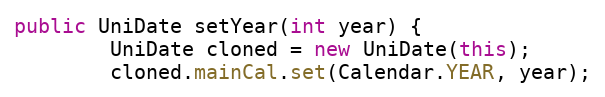
Language: Java
public UniDate setYear(int year) {
		UniDate cloned = new UniDate(this);
		cloned.mainCal.set(Calendar.YEAR, year);